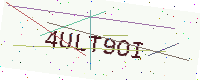
Text: 4ULT9OI